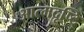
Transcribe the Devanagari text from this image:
आत्मदृष्टि